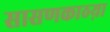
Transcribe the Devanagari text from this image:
सासणकाठय़ा